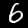
Digit: 6